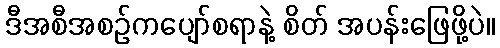
ဒီအစီအစဉ်ကပျော်စရာနဲ့ စိတ် အပန်းဖြေဖို့ပဲ။